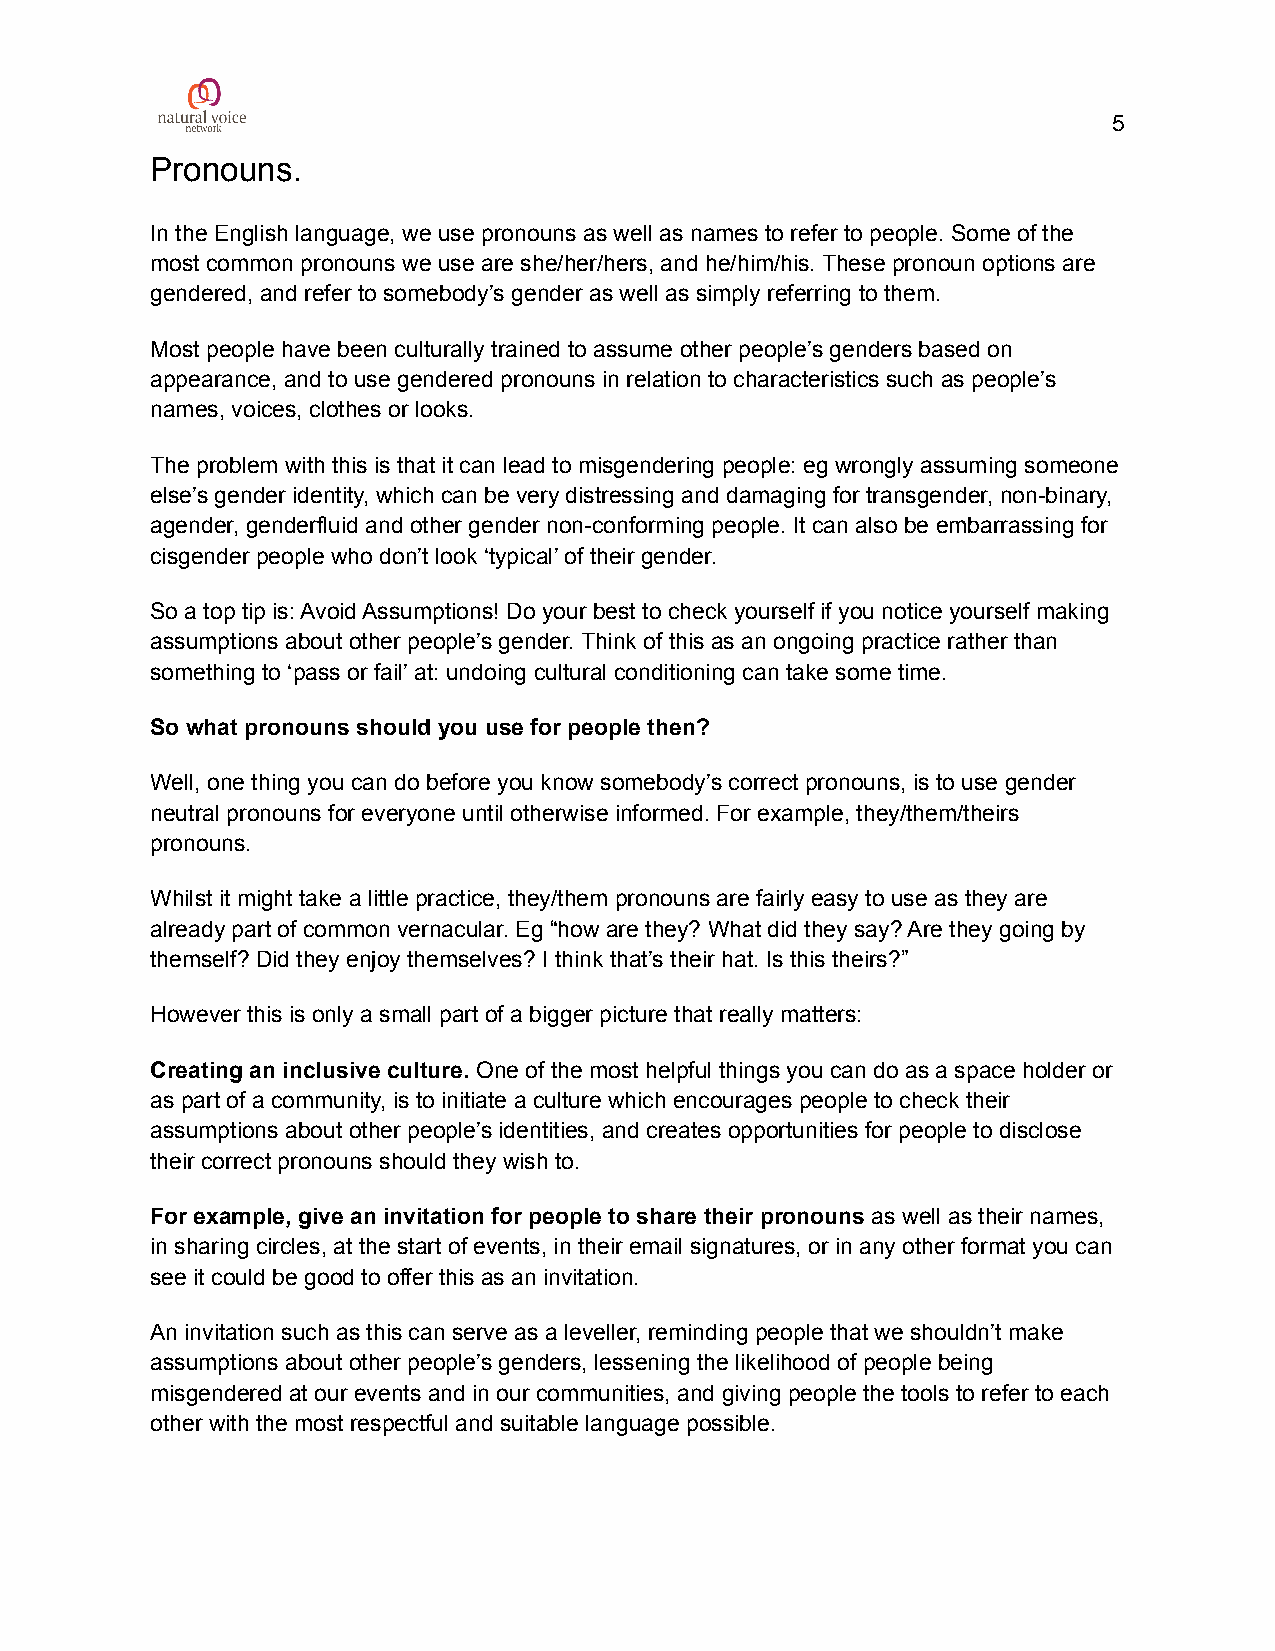
5
 Pronouns.
 In the English language, we use pronouns as well as names to refer to people. Some of the
 most common pronouns we use are she/her/hers, and he/him/his. These pronoun options are
 gendered, and refer to somebody’s gender as well as simply referring to them.
 Most people have been culturally trained to assume other people’s genders based on
 appearance, and to use gendered pronouns in relation to characteristics such as people’s
 names, voices, clothes or looks.
 The problem with this is that it can lead to misgendering people: eg wrongly assuming someone
 else’s gender identity, which can be very distressing and damaging for transgender, non-binary,
 agender, genderfluid and other gender non-conforming people. It can also be embarrassing for
 cisgender people who don’t look ‘typical’ of their gender.
 So a top tip is: Avoid Assumptions! Do your best to check yourself if you notice yourself making
 assumptions about other people’s gender. Think of this as an ongoing practice rather than
 something to ‘pass or fail’ at: undoing cultural conditioning can take some time.
 So what pronouns should you use for people then?
 Well, one thing you can do before you know somebody’s correct pronouns, is to use gender
 neutral pronouns for everyone until otherwise informed. For example, they/them/theirs
 pronouns.
 Whilst it might take a little practice, they/them pronouns are fairly easy to use as they are
 already part of common vernacular. Eg “how are they? What did they say? Are they going by
 themself? Did they enjoy themselves? I think that’s their hat. Is this theirs?”
 However this is only a small part of a bigger picture that really matters:
 Creating an inclusive culture. One of the most helpful things you can do as a space holder or
 as part of a community, is to initiate a culture which encourages people to check their
 assumptions about other people’s identities, and creates opportunities for people to disclose
 their correct pronouns should they wish to.
 For example, give an invitation for people to share their pronouns as well as their names,
 in sharing circles, at the start of events, in their email signatures, or in any other format you can
 see it could be good to offer this as an invitation.
 An invitation such as this can serve as a leveller, reminding people that we shouldn’t make
 assumptions about other people’s genders, lessening the likelihood of people being
 misgendered at our events and in our communities, and giving people the tools to refer to each
 other with the most respectful and suitable language possible.